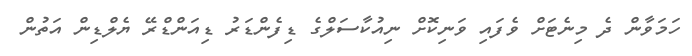
ހަމަވާން ދެ މިނެޓަށް ވެފައި ވަނިކޮށް ނިއުކާސަލްގެ ޑިފެންޑަރު ޑިއަންޑްރޭ ޔެލްޑިން އަތުން